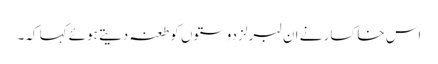
اس خاکسار نے ان لبرلز دوستوں کو طعنہ دیتے ہوئے کہا کہ۔